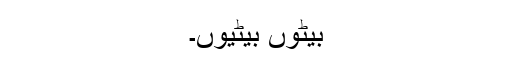
بیٹوں بیٹیوں۔